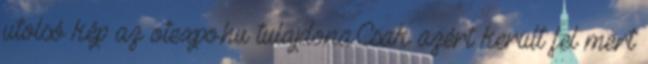
utolsó kép az otexpo.hu tulajdona.Csak azért került fel mert